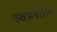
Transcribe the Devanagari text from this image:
स्वप्नशील